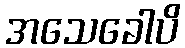
အသေခေါပိ